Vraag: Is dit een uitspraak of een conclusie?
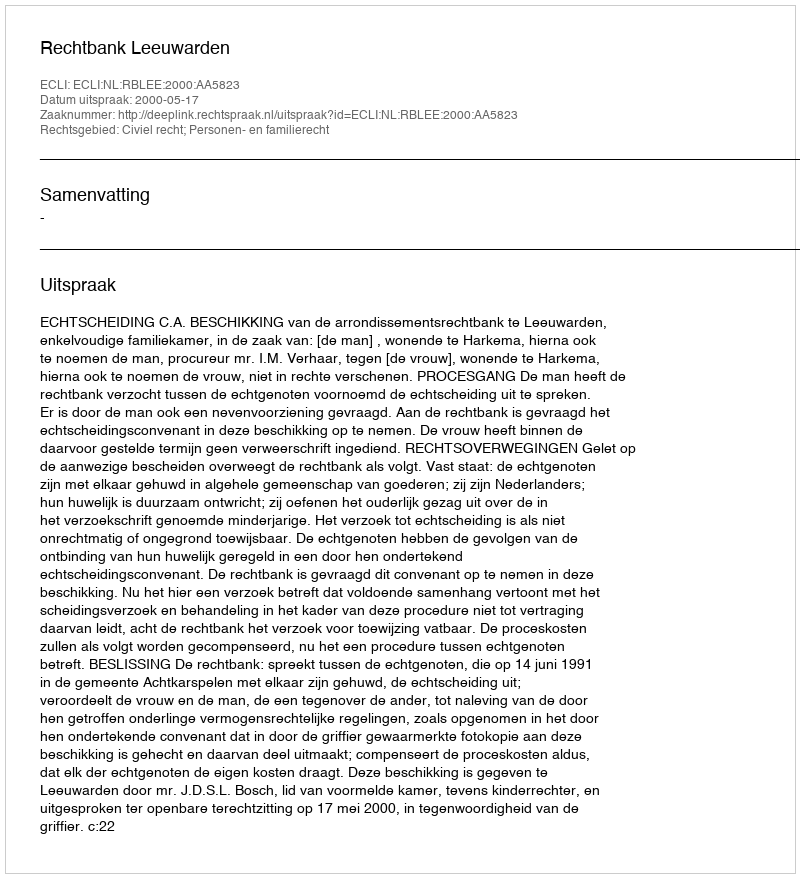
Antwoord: Uitspraak